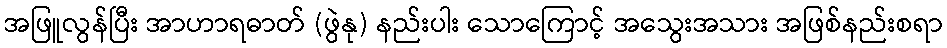
အဖြူလွန်ပြီး အာဟာရဓာတ် (ဖွဲနု) နည်းပါး သောကြောင့် အသွေးအသား အဖြစ်နည်းစရာ